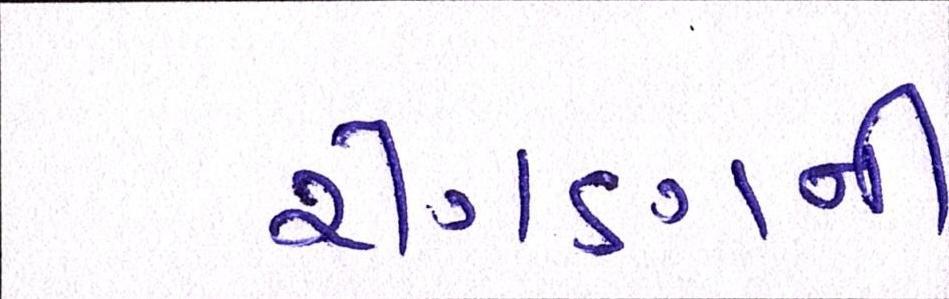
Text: રીંગણની